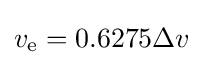
v_{\text{e}}=0.6275\Delta v